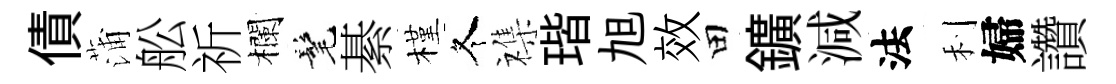
債蒲舩祈欄髦綦槿冬襍瑎旭效田鑛減法利婦讚